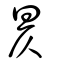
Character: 昃